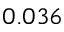
0 . 0 3 6